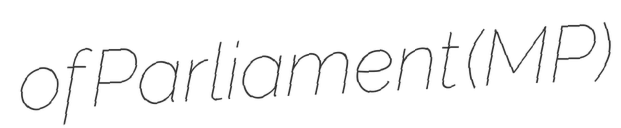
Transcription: of Parliament (MP)